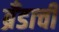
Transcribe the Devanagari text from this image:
ब्रँडाची